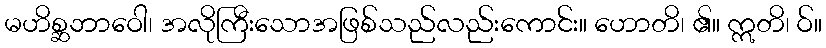
မဟိစ္ဆဘာဝေါ၊ အလိုကြီးသောအဖြစ်သည်လည်းကောင်း။ ဟောတိ၊ ၏။ ဣတိ၊ ဝ်။